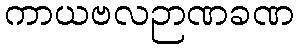
ကာယဗလဉာဏခဏ